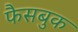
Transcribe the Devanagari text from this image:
फैसबुक